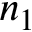
n _ { 1 }